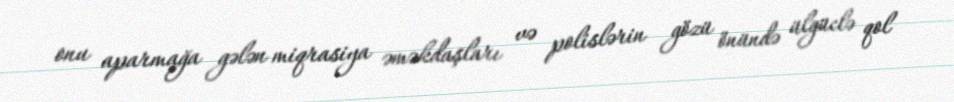
onu aparmağa gələn miqrasiya əməkdaşları və polislərin gözü önündə ülgüclə qol